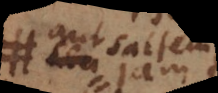
aut saltem